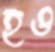
হও